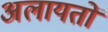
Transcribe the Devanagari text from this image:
अलायतों